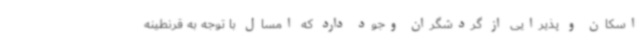
اسکان و پذیرایی از گردشگران وجود دارد که امسال با توجه به قرنطینه